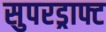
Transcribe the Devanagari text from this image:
सुपरड्राफ्ट